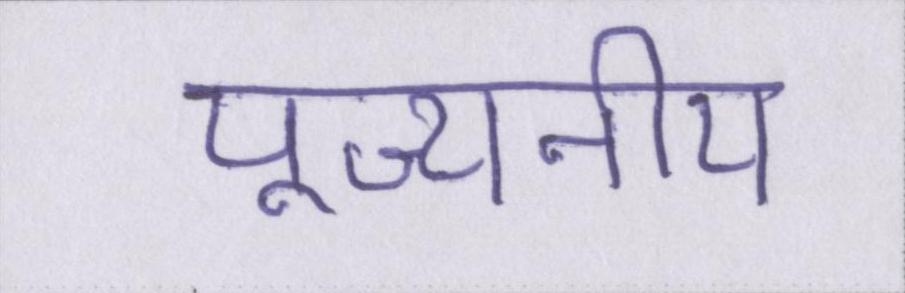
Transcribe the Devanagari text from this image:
पूज्यनीय